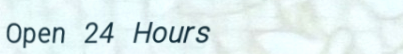
Open 24 Hours